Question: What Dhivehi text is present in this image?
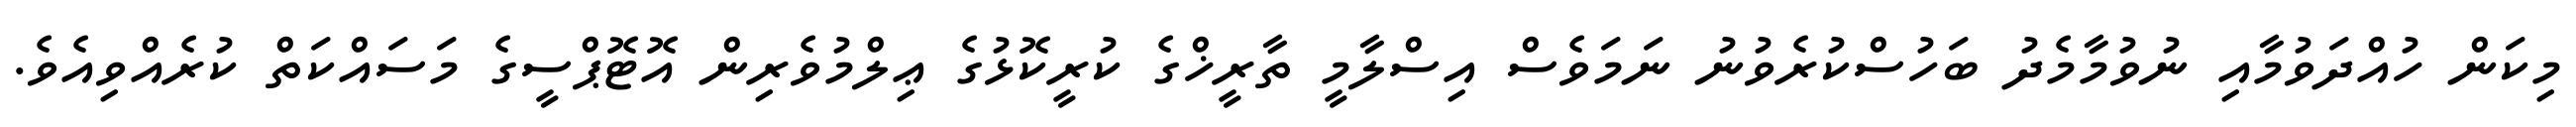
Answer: މިކަން ހުއްދަވުމާއި ނުވުމާމެދު ބަހުސްކުރެވުނު ނަމަވެސް އިސްލާމީ ތާރީޚްގެ ކުރީކޮޅުގެ ޢިލްމުވެރިން އޮޓޮޕްސީގެ މަސައްކަތް ކުރެއްވިއެވެ.